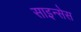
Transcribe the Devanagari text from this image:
साइन्सेस